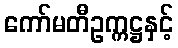
ကော်မတီဥက္ကဋ္ဌနှင့်